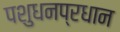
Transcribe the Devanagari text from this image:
पशुधनप्रधान